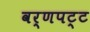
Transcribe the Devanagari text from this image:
वर्णपट्ट